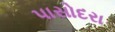
પાસોદરા